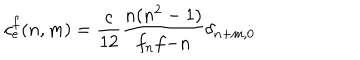
c _ { e } ^ { f } ( n , m ) = \frac { c } { 1 2 } \frac { n ( n ^ { 2 } - 1 ) } { f _ { n } f { - n } } \delta _ { n + m , 0 }